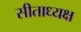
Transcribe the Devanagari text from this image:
सीताध्यक्ष